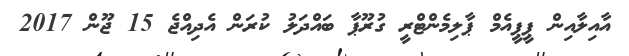
އާއިލާއިން ޕީޕީއެމް ޕާލިމެންޓްރީ ގުރޫޕާ ބައްދަލު ކުރަން އެދިއްޖެ 15 ޖޫން 2017